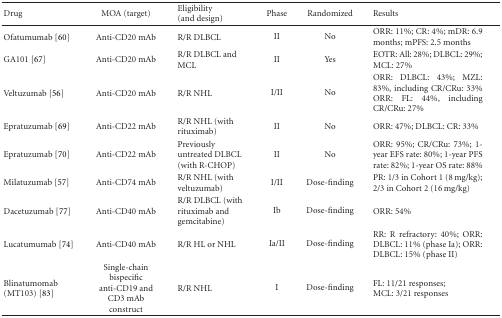
| Drug | MOA (target) | Eligibility (and design) | Phase | Randomized | Results |
 | --- | --- | --- | --- | --- | --- |
 | Ofatumumab [60] | Anti-CD20 mAb | R/R DLBCL | II | No | ORR: 11%; CR: 4%; mDR: 6.9 months; mPFS: 2.5 months |
 | GA101 [67] | Anti-CD20 mAb | R/R DLBCL and MCL | II | Yes | EOTR: All: 28%; DLBCL: 29%; MCL: 27% |
 | Veltuzumab [56] | Anti-CD20 mAb | R/R NHL | I/II | No | ORR: DLBCL: 43%; MZL: 83%, including CR/CRu: 33% ORR: FL: 44%, including CR/CRu: 27% |
 | Epratuzumab [69] | Anti-CD22 mAb | R/R NHL (with rituximab) | II | No | ORR: 47%; DLBCL: CR: 33% |
 | Epratuzumab [70] | Anti-CD22 mAb | Previously untreated DLBCL (with R-CHOP) | II | No | ORR: 95%; CR/CRu: 73%; 1-year EFS rate: 80%; 1-year PFS rate: 82%; 1-year OS rate: 88% |
 | Milatuzumab [57] | Anti-CD74 mAb | R/R NHL (with veltuzumab) | I/II | Dose-finding | PR: 1/3 in Cohort 1 (8 mg/kg); 2/3 in Cohort 2 (16 mg/kg) |
 | Dacetuzumab [77] | Anti-CD40 mAb | R/R DLBCL (with rituximab and gemcitabine) | Ib | Dose-finding | ORR: 54% |
 | Lucatumumab [74] | Anti-CD40 mAb | R/R HL or NHL | Ia/II | Dose-finding | RR: R refractory: 40%; ORR: DLBCL: 11% (phase Ia); ORR: DLBCL: 15% (phase II) |
 | Blinatumomab (MT103) [83] | Single-chain bispecific anti-CD19 and CD3 mAb construct | R/R NHL | I | Dose-finding | FL: 11/21 responses; MCL: 3/21 responses |